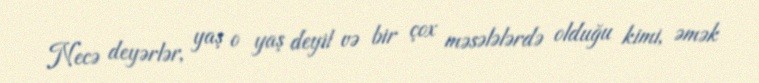
Necə deyərlər, yaş o yaş deyil və bir çox məsələlərdə olduğu kimi, əmək